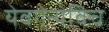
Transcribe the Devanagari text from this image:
येवगेन्येविच